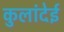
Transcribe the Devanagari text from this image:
कुलांदेई